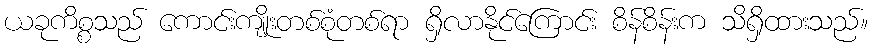
ယခုကိစ္စသည် ကောင်းကျိုးတစ်စုံတစ်ရာ ရှိလာနိုင်ကြောင်း စိန်စိန်းက သိရှိထားသည်။